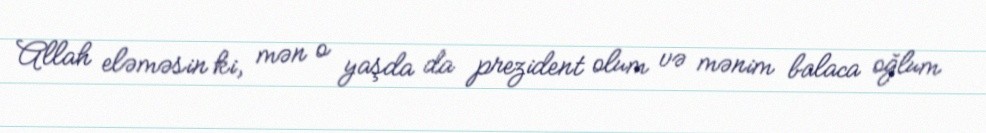
Allah eləməsin ki, mən o yaşda da prezident olum və mənim balaca oğlum